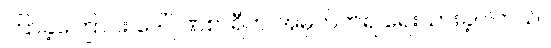
ကြာခဲ့ကြောင်း ဒေါ်ဂုဏစာရီက အမှတ်တရ ရေးသားခဲ့ပါတယ်။